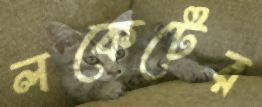
লকেটের